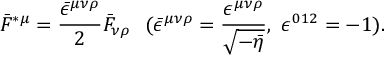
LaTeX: \bar { F } ^ { \ast \mu } = \frac { \bar { \epsilon } ^ { \mu \nu \rho } } { 2 } \bar { F } _ { \nu \rho } ~ ~ ( \bar { \epsilon } ^ { \mu \nu \rho } = \frac { \epsilon ^ { \mu \nu \rho } } { \sqrt { - \bar { \eta } } } , ~ \epsilon ^ { 0 1 2 } = - 1 ) .